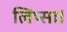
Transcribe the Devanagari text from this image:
लिप्सा।